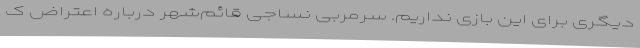
دیگری برای این بازی نداریم. سرمربی نساجی قائم‌شهر درباره اعتراض ک